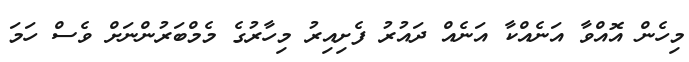
މިހެން އޮއްވާ އަނެއްކާ އަނެއް ދައުރު ފެށިއިރު މިހާރުގެ މެމްބަރުންނަށް ވެސް ހަމަ